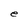
Character: e